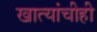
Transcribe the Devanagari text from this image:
खात्यांचीही